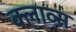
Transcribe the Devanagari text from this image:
क्लाव्स